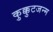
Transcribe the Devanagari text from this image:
कुक्कुटजन्म